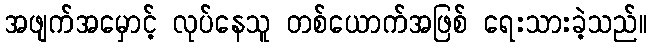
အဖျက်အမှောင့် လုပ်နေသူ တစ်ယောက်အဖြစ် ရေးသားခဲ့သည်။